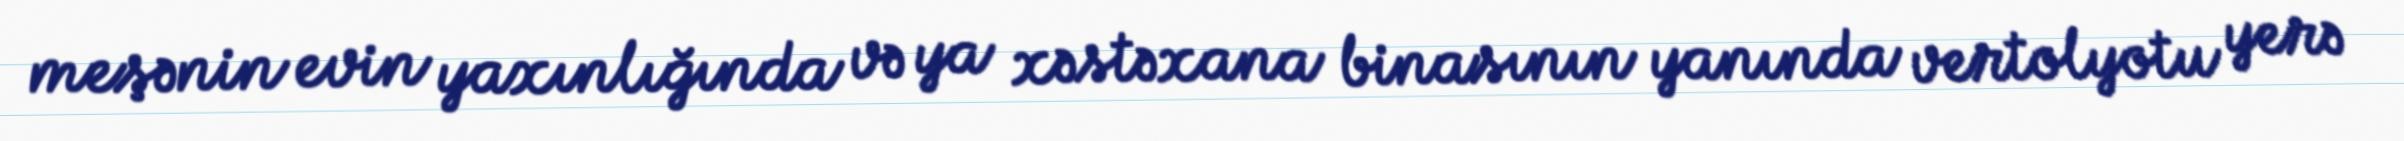
meşənin evin yaxınlığında və ya xəstəxana binasının yanında vertolyotu yerə